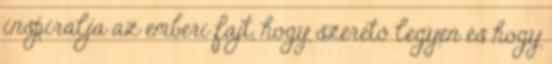
inspirálja az emberi fajt, hogy szerető legyen és hogy